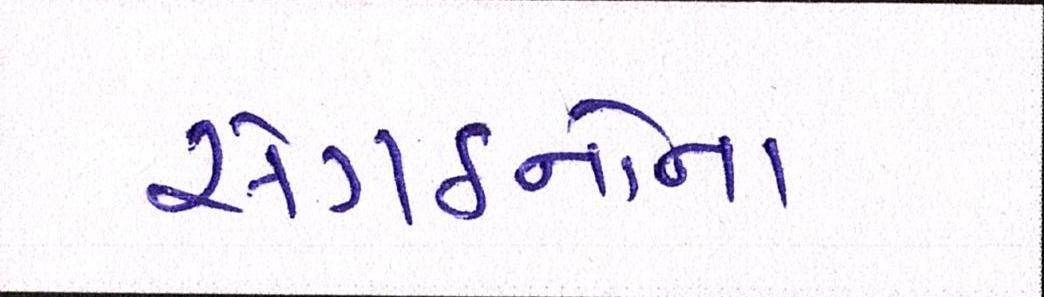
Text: સંગઠનોના